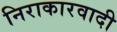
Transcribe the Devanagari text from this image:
निराकारवादी